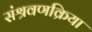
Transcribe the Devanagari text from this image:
संश्रवणक्रिया